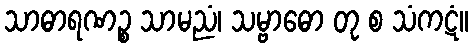
သာဓာရဏဉ္စ သာမညံ၊ သမ္ဗာဓော တု စ သံကဋံ။